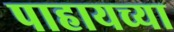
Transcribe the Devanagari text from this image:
पाहायच्या